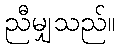
ညီမျှသည်။